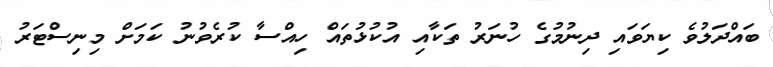
ބައްދަލުވެ ކިޔަވައި ދިނުމުގެ ހުނަރު ތަކާއި އުކުޅުތައް ހިއްސާ ކުރެވުނު ކަމަށް މިނިސްޓަރު